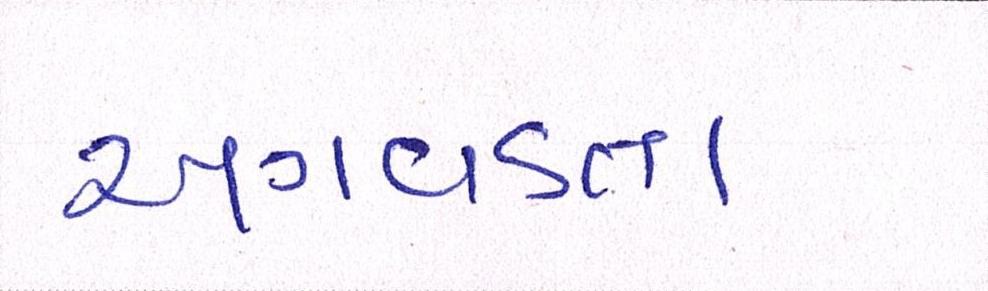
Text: અગવડતા